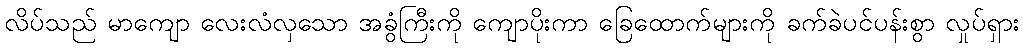
လိပ်သည် မာကျော လေးလံလှသော အခွံကြီးကို ကျောပိုးကာ ခြေထောက်များကို ခက်ခဲပင်ပန်းစွာ လှုပ်ရှား